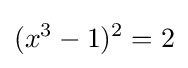
(x^{3}-1)^{2}=2